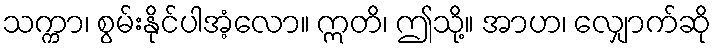
သက္ကာ၊ စွမ်းနိုင်ပါအံ့လော။ ဣတိ၊ ဤသို့။ အာဟ၊ လျှောက်ဆို